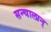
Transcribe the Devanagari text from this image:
सन्चालान्